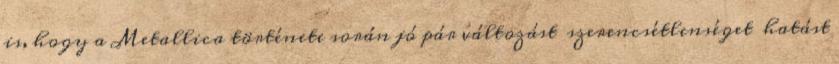
is, hogy a Metallica története során jó pár változást szerencsétlenséget hatást